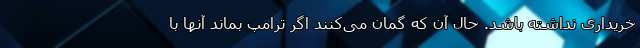
خریداری نداشته باشد. حال آن که گمان می‌کنند اگر ترامپ بماند آنها با